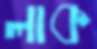
লাক